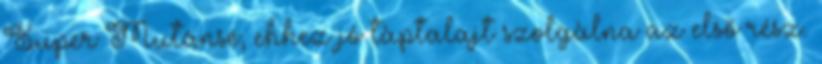
Super Mutánsé, ehhez jó tàptalajt szolgàlna az első rész.